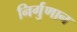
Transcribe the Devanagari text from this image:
निर्गुणान